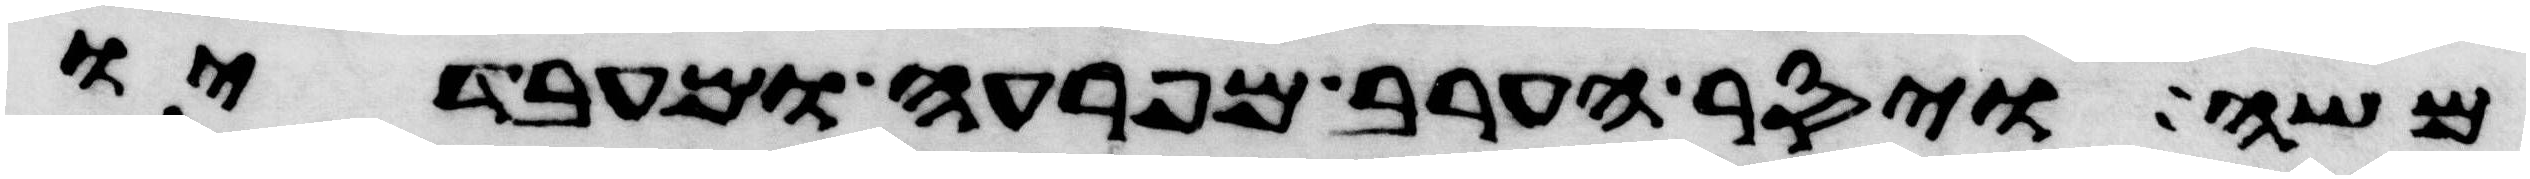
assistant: משה ויסר הערב מפרעה ומעבדיו